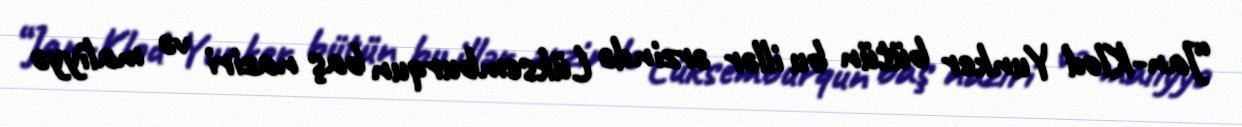
“Jan-Klod Yunker bütün bu illər ərzində Lüksemburqun baş naziri və maliyyə